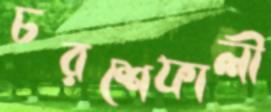
চরশেফালী